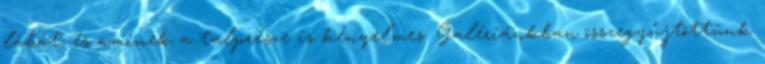
lábát, és aminek a talprésze is kényelmes. Galériánkban összegyűjtöttünk